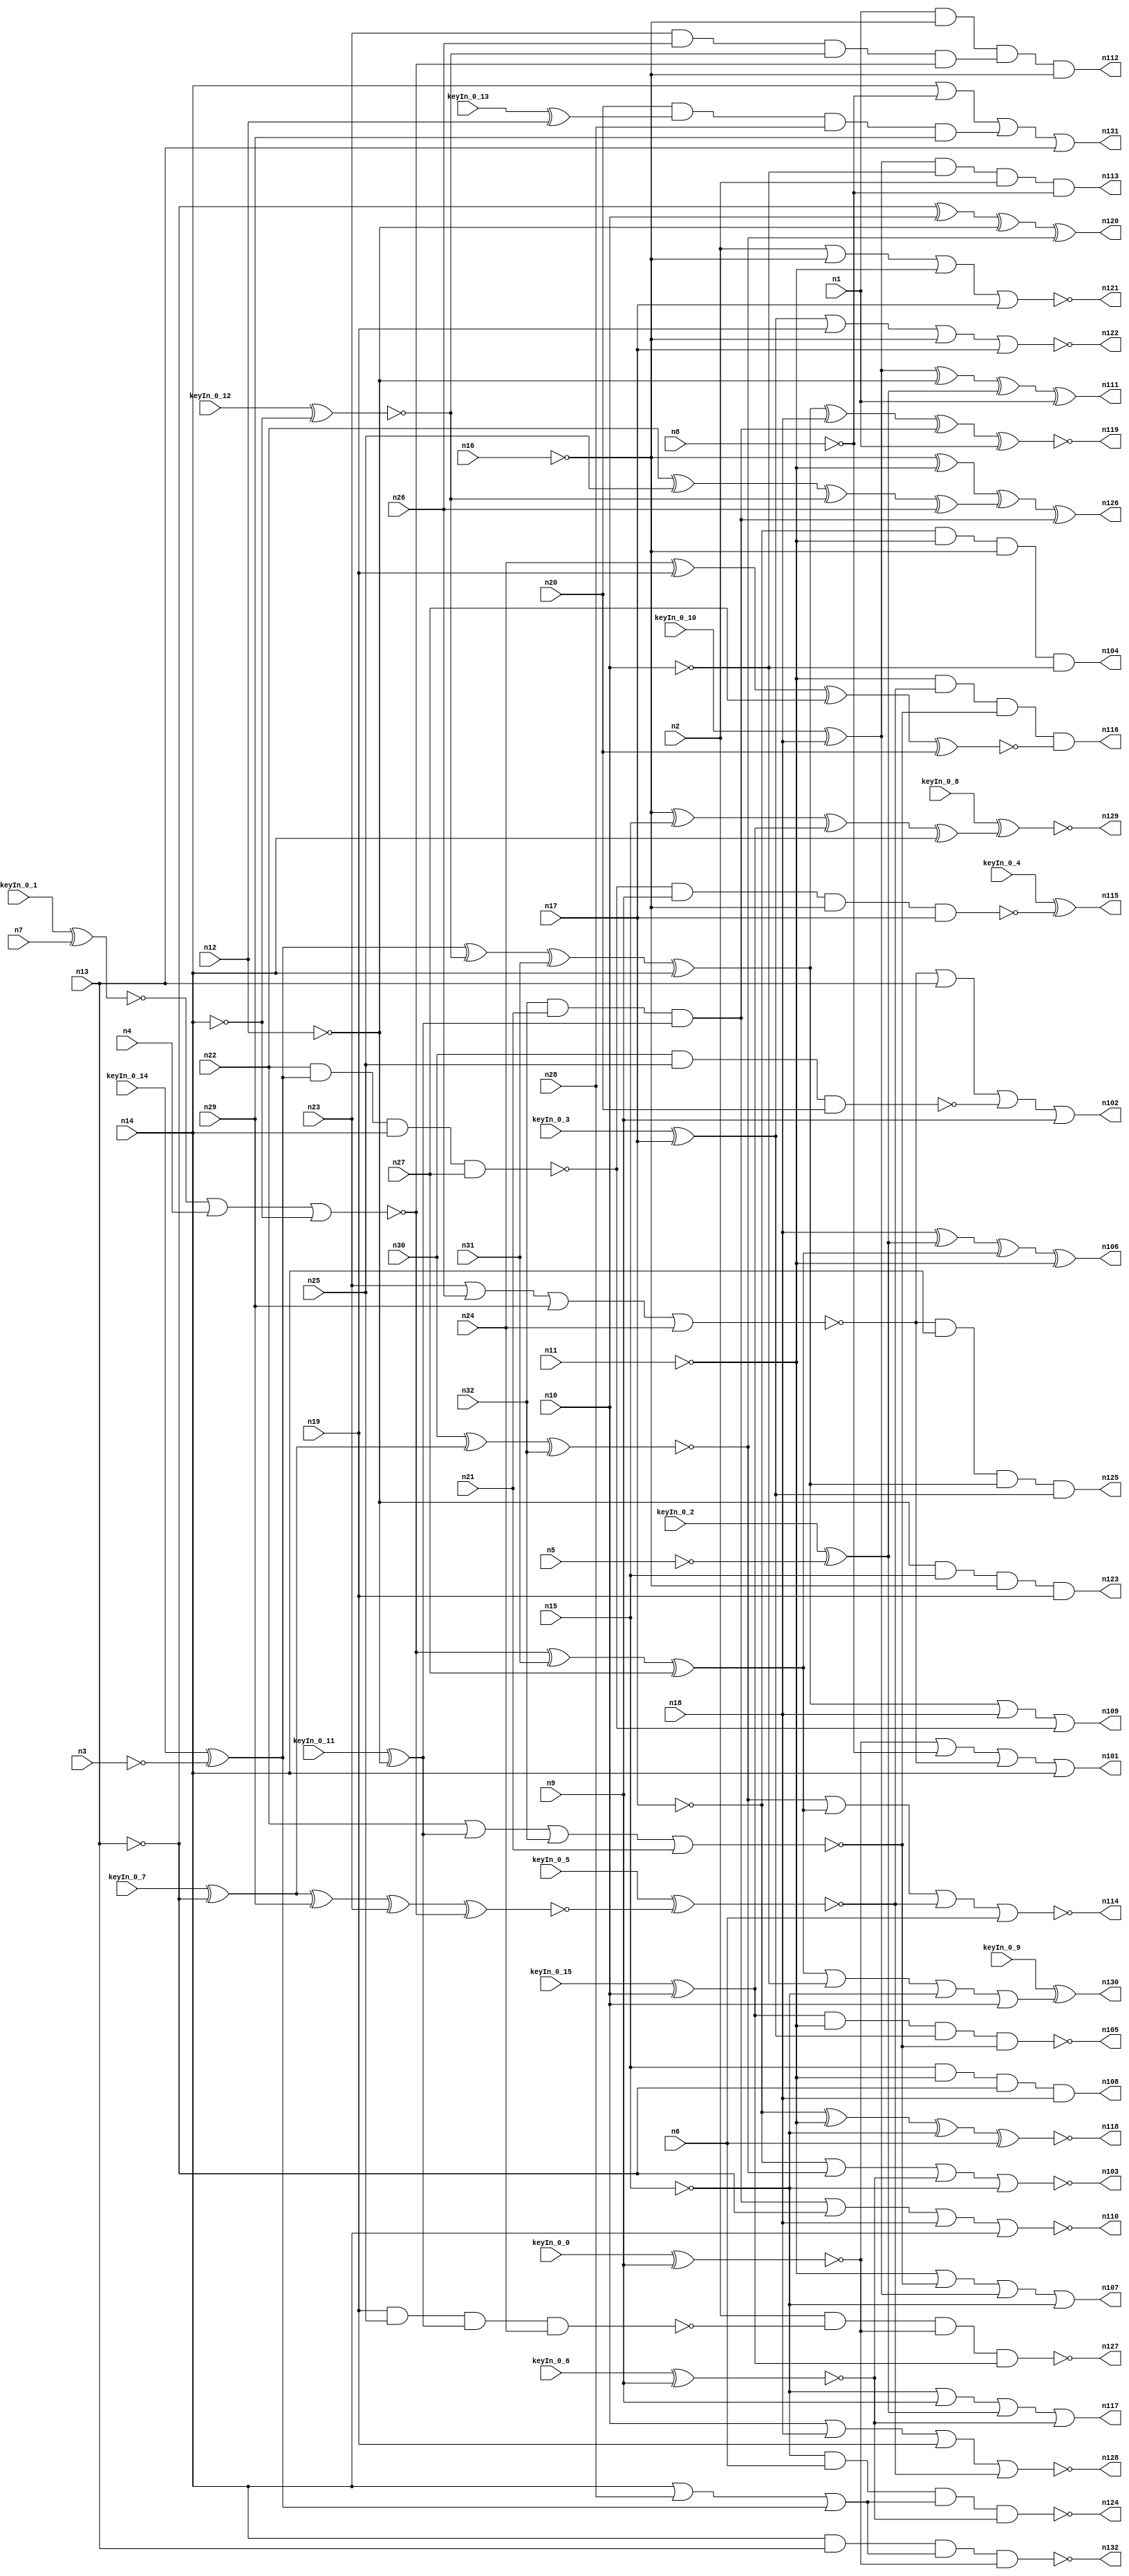


module Stat_100_58
(
  n1,
  n2,
  n3,
  n4,
  n5,
  n6,
  n7,
  n8,
  n9,
  n10,
  n11,
  n12,
  n13,
  n14,
  n15,
  n16,
  n17,
  n18,
  n19,
  n20,
  n21,
  n22,
  n23,
  n24,
  n25,
  n26,
  n27,
  n28,
  n29,
  n30,
  n31,
  n32,
  n112,
  n108,
  n113,
  n110,
  n105,
  n128,
  n129,
  n131,
  n107,
  n122,
  n118,
  n115,
  n127,
  n130,
  n121,
  n102,
  n103,
  n106,
  n132,
  n124,
  n104,
  n125,
  n119,
  n123,
  n116,
  n117,
  n120,
  n109,
  n126,
  n101,
  n114,
  n111,
  keyIn_0_0,
  keyIn_0_1,
  keyIn_0_2,
  keyIn_0_3,
  keyIn_0_4,
  keyIn_0_5,
  keyIn_0_6,
  keyIn_0_7,
  keyIn_0_8,
  keyIn_0_9,
  keyIn_0_10,
  keyIn_0_11,
  keyIn_0_12,
  keyIn_0_13,
  keyIn_0_14,
  keyIn_0_15
);

  input n1;
  input n2;
  input n3;
  input n4;
  input n5;
  input n6;
  input n7;
  input n8;
  input n9;
  input n10;
  input n11;
  input n12;
  input n13;
  input n14;
  input n15;
  input n16;
  input n17;
  input n18;
  input n19;
  input n20;
  input n21;
  input n22;
  input n23;
  input n24;
  input n25;
  input n26;
  input n27;
  input n28;
  input n29;
  input n30;
  input n31;
  input n32;
  input keyIn_0_0;
  input keyIn_0_1;
  input keyIn_0_2;
  input keyIn_0_3;
  input keyIn_0_4;
  input keyIn_0_5;
  input keyIn_0_6;
  input keyIn_0_7;
  input keyIn_0_8;
  input keyIn_0_9;
  input keyIn_0_10;
  input keyIn_0_11;
  input keyIn_0_12;
  input keyIn_0_13;
  input keyIn_0_14;
  input keyIn_0_15;
  output n112;
  output n108;
  output n113;
  output n110;
  output n105;
  output n128;
  output n129;
  output n131;
  output n107;
  output n122;
  output n118;
  output n115;
  output n127;
  output n130;
  output n121;
  output n102;
  output n103;
  output n106;
  output n132;
  output n124;
  output n104;
  output n125;
  output n119;
  output n123;
  output n116;
  output n117;
  output n120;
  output n109;
  output n126;
  output n101;
  output n114;
  output n111;
  wire n33;
  wire n34;
  wire n35;
  wire n36;
  wire n37;
  wire n38;
  wire n39;
  wire n40;
  wire n41;
  wire n42;
  wire n43;
  wire n44;
  wire n45;
  wire n46;
  wire n47;
  wire n48;
  wire n49;
  wire n50;
  wire n51;
  wire n52;
  wire n53;
  wire n54;
  wire n55;
  wire n56;
  wire n57;
  wire n58;
  wire n59;
  wire n60;
  wire n61;
  wire n62;
  wire n63;
  wire n64;
  wire n65;
  wire n66;
  wire n67;
  wire n68;
  wire n69;
  wire n70;
  wire n71;
  wire n72;
  wire n73;
  wire n74;
  wire n75;
  wire n76;
  wire n77;
  wire n78;
  wire n79;
  wire n80;
  wire n81;
  wire n82;
  wire n83;
  wire n84;
  wire n85;
  wire n86;
  wire n87;
  wire n88;
  wire n89;
  wire n90;
  wire n91;
  wire n92;
  wire n93;
  wire n94;
  wire n95;
  wire n96;
  wire n97;
  wire n98;
  wire n99;
  wire n100;
  wire KeyWire_0_0;
  wire KeyNOTWire_0_0;
  wire KeyWire_0_1;
  wire KeyNOTWire_0_1;
  wire KeyWire_0_2;
  wire KeyNOTWire_0_2;
  wire KeyWire_0_3;
  wire KeyWire_0_4;
  wire KeyNOTWire_0_4;
  wire KeyWire_0_5;
  wire KeyWire_0_6;
  wire KeyWire_0_7;
  wire KeyNOTWire_0_7;
  wire KeyWire_0_8;
  wire KeyNOTWire_0_8;
  wire KeyWire_0_9;
  wire KeyWire_0_10;
  wire KeyWire_0_11;
  wire KeyNOTWire_0_11;
  wire KeyWire_0_12;
  wire KeyNOTWire_0_12;
  wire KeyWire_0_13;
  wire KeyNOTWire_0_13;
  wire KeyWire_0_14;
  wire KeyNOTWire_0_14;
  wire KeyWire_0_15;
  wire KeyNOTWire_0_15;

  buf
  g0
  (
    n63,
    n17
  );


  not
  g1
  (
    n53,
    n16
  );


  buf
  g2
  (
    n70,
    n13
  );


  not
  g3
  (
    n45,
    n13
  );


  buf
  g4
  (
    n66,
    n10
  );


  not
  g5
  (
    n49,
    n12
  );


  not
  g6
  (
    n67,
    n16
  );


  buf
  g7
  (
    KeyWire_0_0,
    n9
  );


  not
  g8
  (
    n46,
    n15
  );


  buf
  g9
  (
    KeyWire_0_3,
    n17
  );


  buf
  g10
  (
    n61,
    n14
  );


  buf
  g11
  (
    KeyWire_0_10,
    n18
  );


  buf
  g12
  (
    n71,
    n1
  );


  not
  g13
  (
    n40,
    n14
  );


  buf
  g14
  (
    n72,
    n18
  );


  not
  g15
  (
    KeyWire_0_2,
    n5
  );


  buf
  g16
  (
    n55,
    n19
  );


  not
  g17
  (
    n48,
    n17
  );


  not
  g18
  (
    n52,
    n11
  );


  not
  g19
  (
    n65,
    n16
  );


  buf
  g20
  (
    KeyWire_0_6,
    n9
  );


  not
  g21
  (
    n62,
    n11
  );


  not
  g22
  (
    n41,
    n8
  );


  not
  g23
  (
    n56,
    n11
  );


  buf
  g24
  (
    n39,
    n4
  );


  buf
  g25
  (
    KeyWire_0_13,
    n12
  );


  not
  g26
  (
    n38,
    n3
  );


  not
  g27
  (
    KeyWire_0_11,
    n12
  );


  buf
  g28
  (
    n34,
    n19
  );


  buf
  g29
  (
    n57,
    n6
  );


  buf
  g30
  (
    n68,
    n9
  );


  not
  g31
  (
    KeyWire_0_7,
    n13
  );


  buf
  g32
  (
    n69,
    n18
  );


  buf
  g33
  (
    n44,
    n2
  );


  buf
  g34
  (
    KeyWire_0_1,
    n7
  );


  not
  g35
  (
    n64,
    n15
  );


  buf
  g36
  (
    n59,
    n15
  );


  not
  g37
  (
    n51,
    n10
  );


  buf
  g38
  (
    n54,
    n14
  );


  buf
  g39
  (
    KeyWire_0_15,
    n10
  );


  buf
  g40
  (
    n77,
    n37
  );


  buf
  g41
  (
    n76,
    n40
  );


  buf
  g42
  (
    KeyWire_0_14,
    n38
  );


  buf
  g43
  (
    n78,
    n34
  );


  not
  g44
  (
    n75,
    n36
  );


  buf
  g45
  (
    KeyWire_0_12,
    n40
  );


  not
  g46
  (
    n79,
    n35
  );


  nor
  g47
  (
    n73,
    n33,
    n39,
    n40
  );


  buf
  g48
  (
    n82,
    n73
  );


  not
  g49
  (
    n84,
    n75
  );


  not
  g50
  (
    n83,
    n74
  );


  not
  g51
  (
    n85,
    n77
  );


  not
  g52
  (
    n81,
    n76
  );


  nand
  g53
  (
    n96,
    n22,
    n80,
    n81,
    n27
  );


  and
  g54
  (
    n98,
    n32,
    n21,
    n84
  );


  xnor
  g55
  (
    n91,
    n24,
    n78,
    n27,
    n20
  );


  xnor
  g56
  (
    n99,
    n30,
    n85,
    n32
  );


  nand
  g57
  (
    n88,
    n19,
    n25,
    n84,
    n24
  );


  nor
  g58
  (
    n97,
    n22,
    n84,
    n32,
    n21
  );


  xnor
  g59
  (
    KeyWire_0_5,
    n85,
    n29,
    n23,
    n82
  );


  xor
  g60
  (
    n93,
    n80,
    n83,
    n31,
    n81
  );


  xor
  g61
  (
    n94,
    n82,
    n31,
    n27
  );


  xor
  g62
  (
    n86,
    n22,
    n25,
    n83,
    n26
  );


  nand
  g63
  (
    n87,
    n30,
    n30,
    n25,
    n20
  );


  and
  g64
  (
    n89,
    n23,
    n26,
    n83,
    n82
  );


  and
  g65
  (
    n90,
    n20,
    n79,
    n28,
    n29
  );


  nor
  g66
  (
    n95,
    n23,
    n26,
    n29,
    n24
  );


  or
  g67
  (
    n92,
    n81,
    n28,
    n80
  );


  nor
  g68
  (
    n121,
    n44,
    n65,
    n56,
    n63
  );


  and
  g69
  (
    n108,
    n59,
    n52,
    n45,
    n72
  );


  xor
  g70
  (
    n126,
    n67,
    n62,
    n86,
    n98
  );


  and
  g71
  (
    n123,
    n49,
    n59,
    n65,
    n55
  );


  or
  g72
  (
    n109,
    n93,
    n69,
    n96
  );


  nand
  g73
  (
    n132,
    n54,
    n70,
    n92,
    n58
  );


  xor
  g74
  (
    n106,
    n69,
    n43,
    n94,
    n62
  );


  and
  g75
  (
    n125,
    n95,
    n61,
    n93,
    n42
  );


  xor
  g76
  (
    KeyWire_0_8,
    n53,
    n59,
    n60,
    n54
  );


  or
  g77
  (
    KeyWire_0_9,
    n94,
    n51,
    n64,
    n66
  );


  nand
  g78
  (
    n124,
    n46,
    n57,
    n92,
    n47
  );


  xnor
  g79
  (
    n119,
    n93,
    n72,
    n98,
    n71
  );


  or
  g80
  (
    n107,
    n56,
    n97,
    n50,
    n64
  );


  nor
  g81
  (
    n122,
    n42,
    n55,
    n53,
    n63
  );


  and
  g82
  (
    n116,
    n52,
    n100,
    n97,
    n91
  );


  nor
  g83
  (
    n114,
    n99,
    n94,
    n100,
    n57
  );


  nor
  g84
  (
    n110,
    n98,
    n45,
    n69,
    n61
  );


  or
  g85
  (
    n102,
    n95,
    n70,
    n87,
    n68
  );


  xor
  g86
  (
    n111,
    n50,
    n49,
    n43,
    n71
  );


  and
  g87
  (
    n104,
    n48,
    n56,
    n67,
    n51
  );


  or
  g88
  (
    n131,
    n61,
    n41,
    n90,
    n70
  );


  xnor
  g89
  (
    n118,
    n48,
    n62,
    n64,
    n57
  );


  and
  g90
  (
    n113,
    n50,
    n51,
    n44,
    n41
  );


  xor
  g91
  (
    n120,
    n45,
    n66,
    n49,
    n99
  );


  nand
  g92
  (
    n105,
    n60,
    n52,
    n42,
    n97
  );


  nand
  g93
  (
    KeyWire_0_4,
    n96,
    n68,
    n65,
    n63
  );


  and
  g94
  (
    n112,
    n71,
    n67,
    n89,
    n53
  );


  nor
  g95
  (
    n128,
    n66,
    n72,
    n55,
    n100
  );


  or
  g96
  (
    n117,
    n46,
    n68,
    n43,
    n47
  );


  or
  g97
  (
    n101,
    n58,
    n41,
    n95,
    n54
  );


  nand
  g98
  (
    n127,
    n44,
    n88,
    n58,
    n60
  );


  nor
  g99
  (
    n103,
    n48,
    n99,
    n47,
    n46
  );


  xor
  KeyGate_0_0
  (
    KeyNOTWire_0_0,
    keyIn_0_0,
    KeyWire_0_0
  );


  not
  KeyNOTGate_0_0
  (
    n58,
    KeyNOTWire_0_0
  );


  xor
  KeyGate_0_1
  (
    KeyNOTWire_0_1,
    keyIn_0_1,
    KeyWire_0_1
  );


  not
  KeyNOTGate_0_1
  (
    n33,
    KeyNOTWire_0_1
  );


  xnor
  KeyGate_0_2
  (
    KeyNOTWire_0_2,
    keyIn_0_2,
    KeyWire_0_2
  );


  not
  KeyNOTGate_0_2
  (
    n43,
    KeyNOTWire_0_2
  );


  xor
  KeyGate_0_3
  (
    n42,
    keyIn_0_3,
    KeyWire_0_3
  );


  xnor
  KeyGate_0_4
  (
    KeyNOTWire_0_4,
    keyIn_0_4,
    KeyWire_0_4
  );


  not
  KeyNOTGate_0_4
  (
    n115,
    KeyNOTWire_0_4
  );


  xnor
  KeyGate_0_5
  (
    n100,
    keyIn_0_5,
    KeyWire_0_5
  );


  xnor
  KeyGate_0_6
  (
    n47,
    keyIn_0_6,
    KeyWire_0_6
  );


  xor
  KeyGate_0_7
  (
    KeyNOTWire_0_7,
    keyIn_0_7,
    KeyWire_0_7
  );


  not
  KeyNOTGate_0_7
  (
    n37,
    KeyNOTWire_0_7
  );


  xor
  KeyGate_0_8
  (
    KeyNOTWire_0_8,
    keyIn_0_8,
    KeyWire_0_8
  );


  not
  KeyNOTGate_0_8
  (
    n129,
    KeyNOTWire_0_8
  );


  xor
  KeyGate_0_9
  (
    n130,
    keyIn_0_9,
    KeyWire_0_9
  );


  xor
  KeyGate_0_10
  (
    n50,
    keyIn_0_10,
    KeyWire_0_10
  );


  xnor
  KeyGate_0_11
  (
    KeyNOTWire_0_11,
    keyIn_0_11,
    KeyWire_0_11
  );


  not
  KeyNOTGate_0_11
  (
    n36,
    KeyNOTWire_0_11
  );


  xnor
  KeyGate_0_12
  (
    KeyNOTWire_0_12,
    keyIn_0_12,
    KeyWire_0_12
  );


  not
  KeyNOTGate_0_12
  (
    n74,
    KeyNOTWire_0_12
  );


  xor
  KeyGate_0_13
  (
    KeyNOTWire_0_13,
    keyIn_0_13,
    KeyWire_0_13
  );


  not
  KeyNOTGate_0_13
  (
    n35,
    KeyNOTWire_0_13
  );


  xnor
  KeyGate_0_14
  (
    KeyNOTWire_0_14,
    keyIn_0_14,
    KeyWire_0_14
  );


  not
  KeyNOTGate_0_14
  (
    n80,
    KeyNOTWire_0_14
  );


  xnor
  KeyGate_0_15
  (
    KeyNOTWire_0_15,
    keyIn_0_15,
    KeyWire_0_15
  );


  not
  KeyNOTGate_0_15
  (
    n60,
    KeyNOTWire_0_15
  );


endmodule